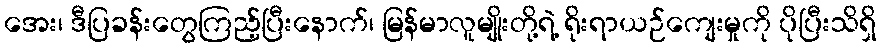
အေး၊ ဒီပြခန်းတွေကြည့်ပြီးနောက်၊ မြန်မာလူမျိုးတို့ရဲ့ ရိုးရာယဉ်ကျေးမှုကို ပိုပြီးသိရှိ